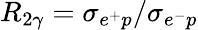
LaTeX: R_{2\gamma}=\sigma_{e^{+}p}/\sigma_{e^{-}p}